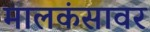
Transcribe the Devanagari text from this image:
मालकंसावर